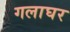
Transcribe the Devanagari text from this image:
गलाघर